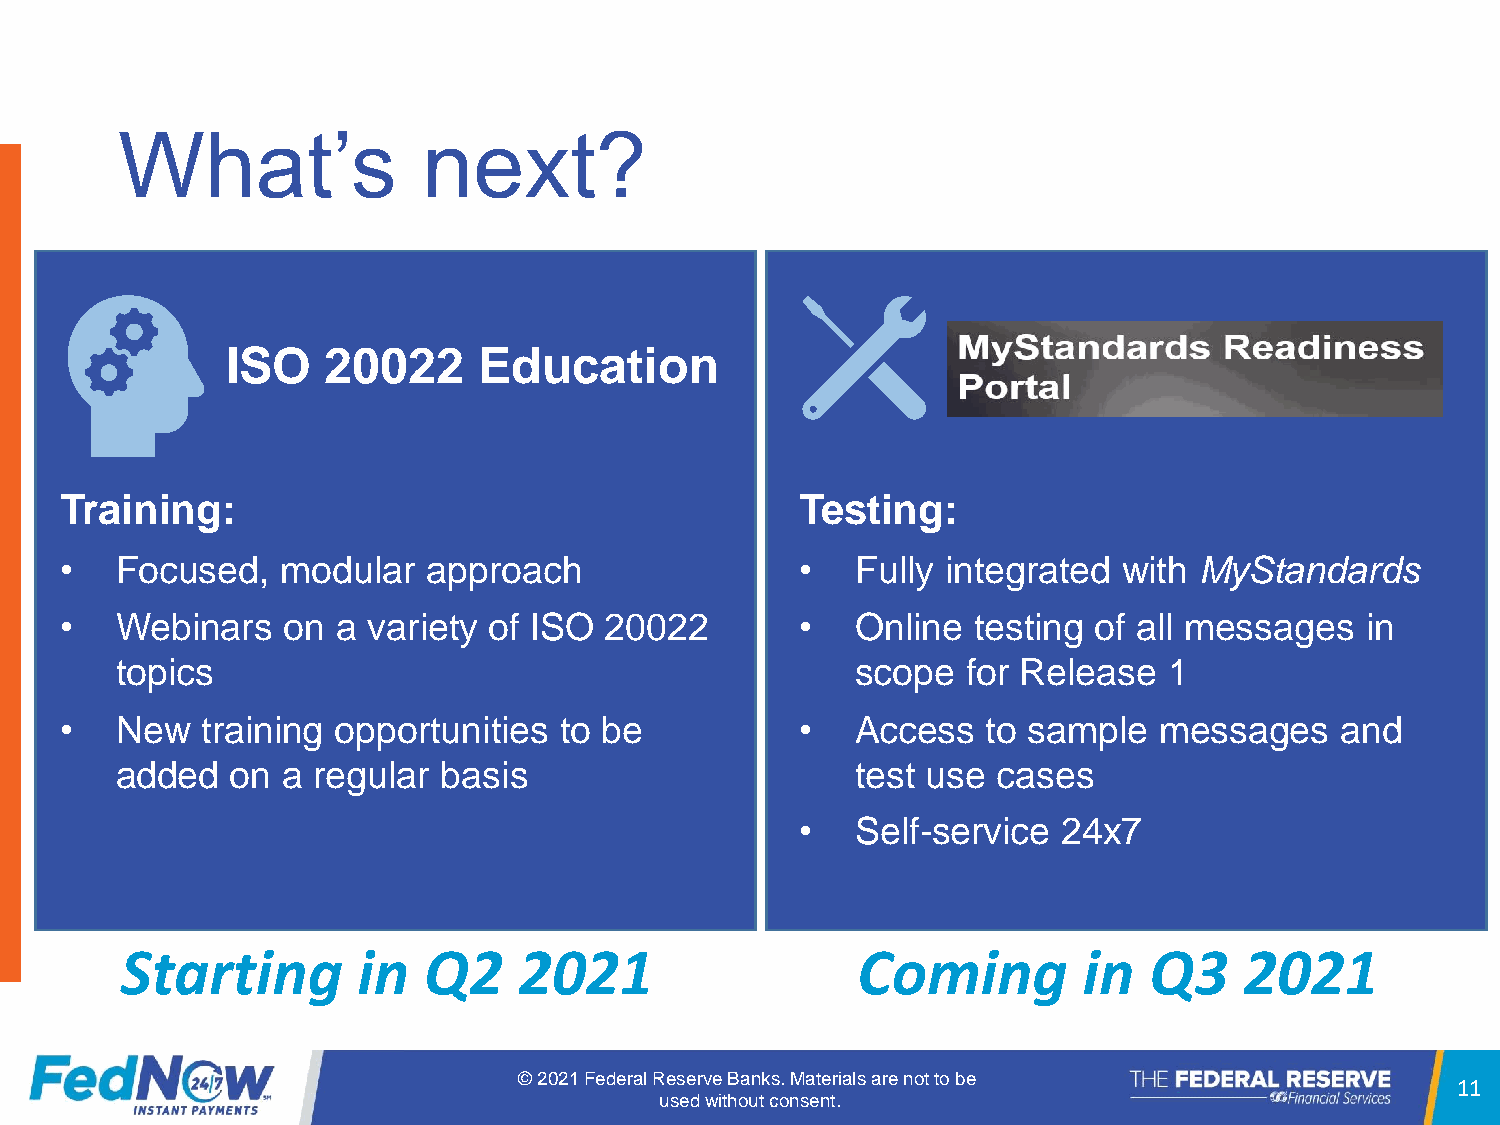
What’s              next?
 ISO    20022     Education
 Training:                                        Testing:
 •   Focused,   modular  approach                 •   Fully integrated with MyStandards
 •   Webinars   on a variety of ISO  20022        •   Online testing of all messages   in
 topics                                           scope  for Release  1
 •   New  training opportunities  to be           •   Access  to sample   messages    and
 added  on  a regular basis                       test use cases
 •   Self-service 24x7
 Starting        in  Q2    2021                   Coming         in  Q3    2021
 © 2021 Federal Reserve Banks. Materials are not to be
 11
 used without consent.